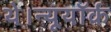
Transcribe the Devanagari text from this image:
थे।न्यूयॉर्क